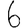
Digit: 6